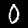
Digit: 0